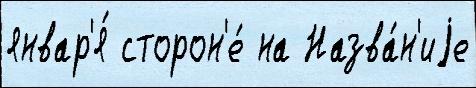
январ'я́ сторон'е́ на Назва́н'иjе